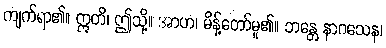
ကျက်ရာ၏။ ဣတိ၊ ဤသို့။ အာဟ၊ မိန့်တော်မူ၏။ ဘန္တေ နာဂသေန၊